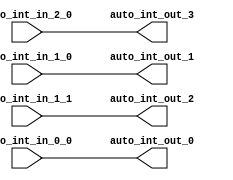
// This program was cloned from: https://github.com/NYU-MLDA/OpenABC
// License: BSD 3-Clause "New" or "Revised" License

module IntXbar_4( // @[:freechips.rocketchip.system.TinyConfig.fir@102861.2]
  input   auto_int_in_2_0, // @[:freechips.rocketchip.system.TinyConfig.fir@102864.4]
  input   auto_int_in_1_0, // @[:freechips.rocketchip.system.TinyConfig.fir@102864.4]
  input   auto_int_in_1_1, // @[:freechips.rocketchip.system.TinyConfig.fir@102864.4]
  input   auto_int_in_0_0, // @[:freechips.rocketchip.system.TinyConfig.fir@102864.4]
  output  auto_int_out_0, // @[:freechips.rocketchip.system.TinyConfig.fir@102864.4]
  output  auto_int_out_1, // @[:freechips.rocketchip.system.TinyConfig.fir@102864.4]
  output  auto_int_out_2, // @[:freechips.rocketchip.system.TinyConfig.fir@102864.4]
  output  auto_int_out_3 // @[:freechips.rocketchip.system.TinyConfig.fir@102864.4]
);
  assign auto_int_out_0 = auto_int_in_0_0; // @[LazyModule.scala 173:49:freechips.rocketchip.system.TinyConfig.fir@102877.4]
  assign auto_int_out_1 = auto_int_in_1_0; // @[LazyModule.scala 173:49:freechips.rocketchip.system.TinyConfig.fir@102877.4]
  assign auto_int_out_2 = auto_int_in_1_1; // @[LazyModule.scala 173:49:freechips.rocketchip.system.TinyConfig.fir@102877.4]
  assign auto_int_out_3 = auto_int_in_2_0; // @[LazyModule.scala 173:49:freechips.rocketchip.system.TinyConfig.fir@102877.4]
endmodule